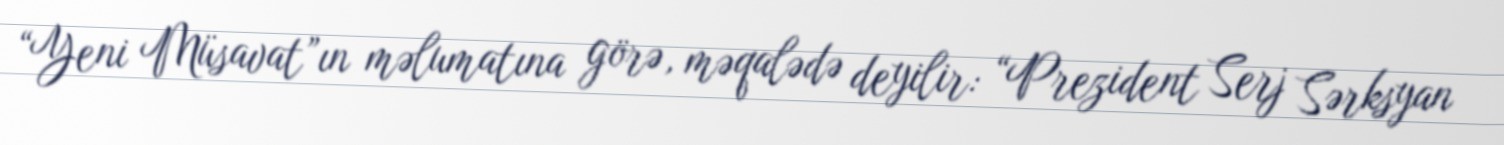
“Yeni Müsavat”ın məlumatına görə, məqalədə deyilir: “Prezident Serj Sərksyan